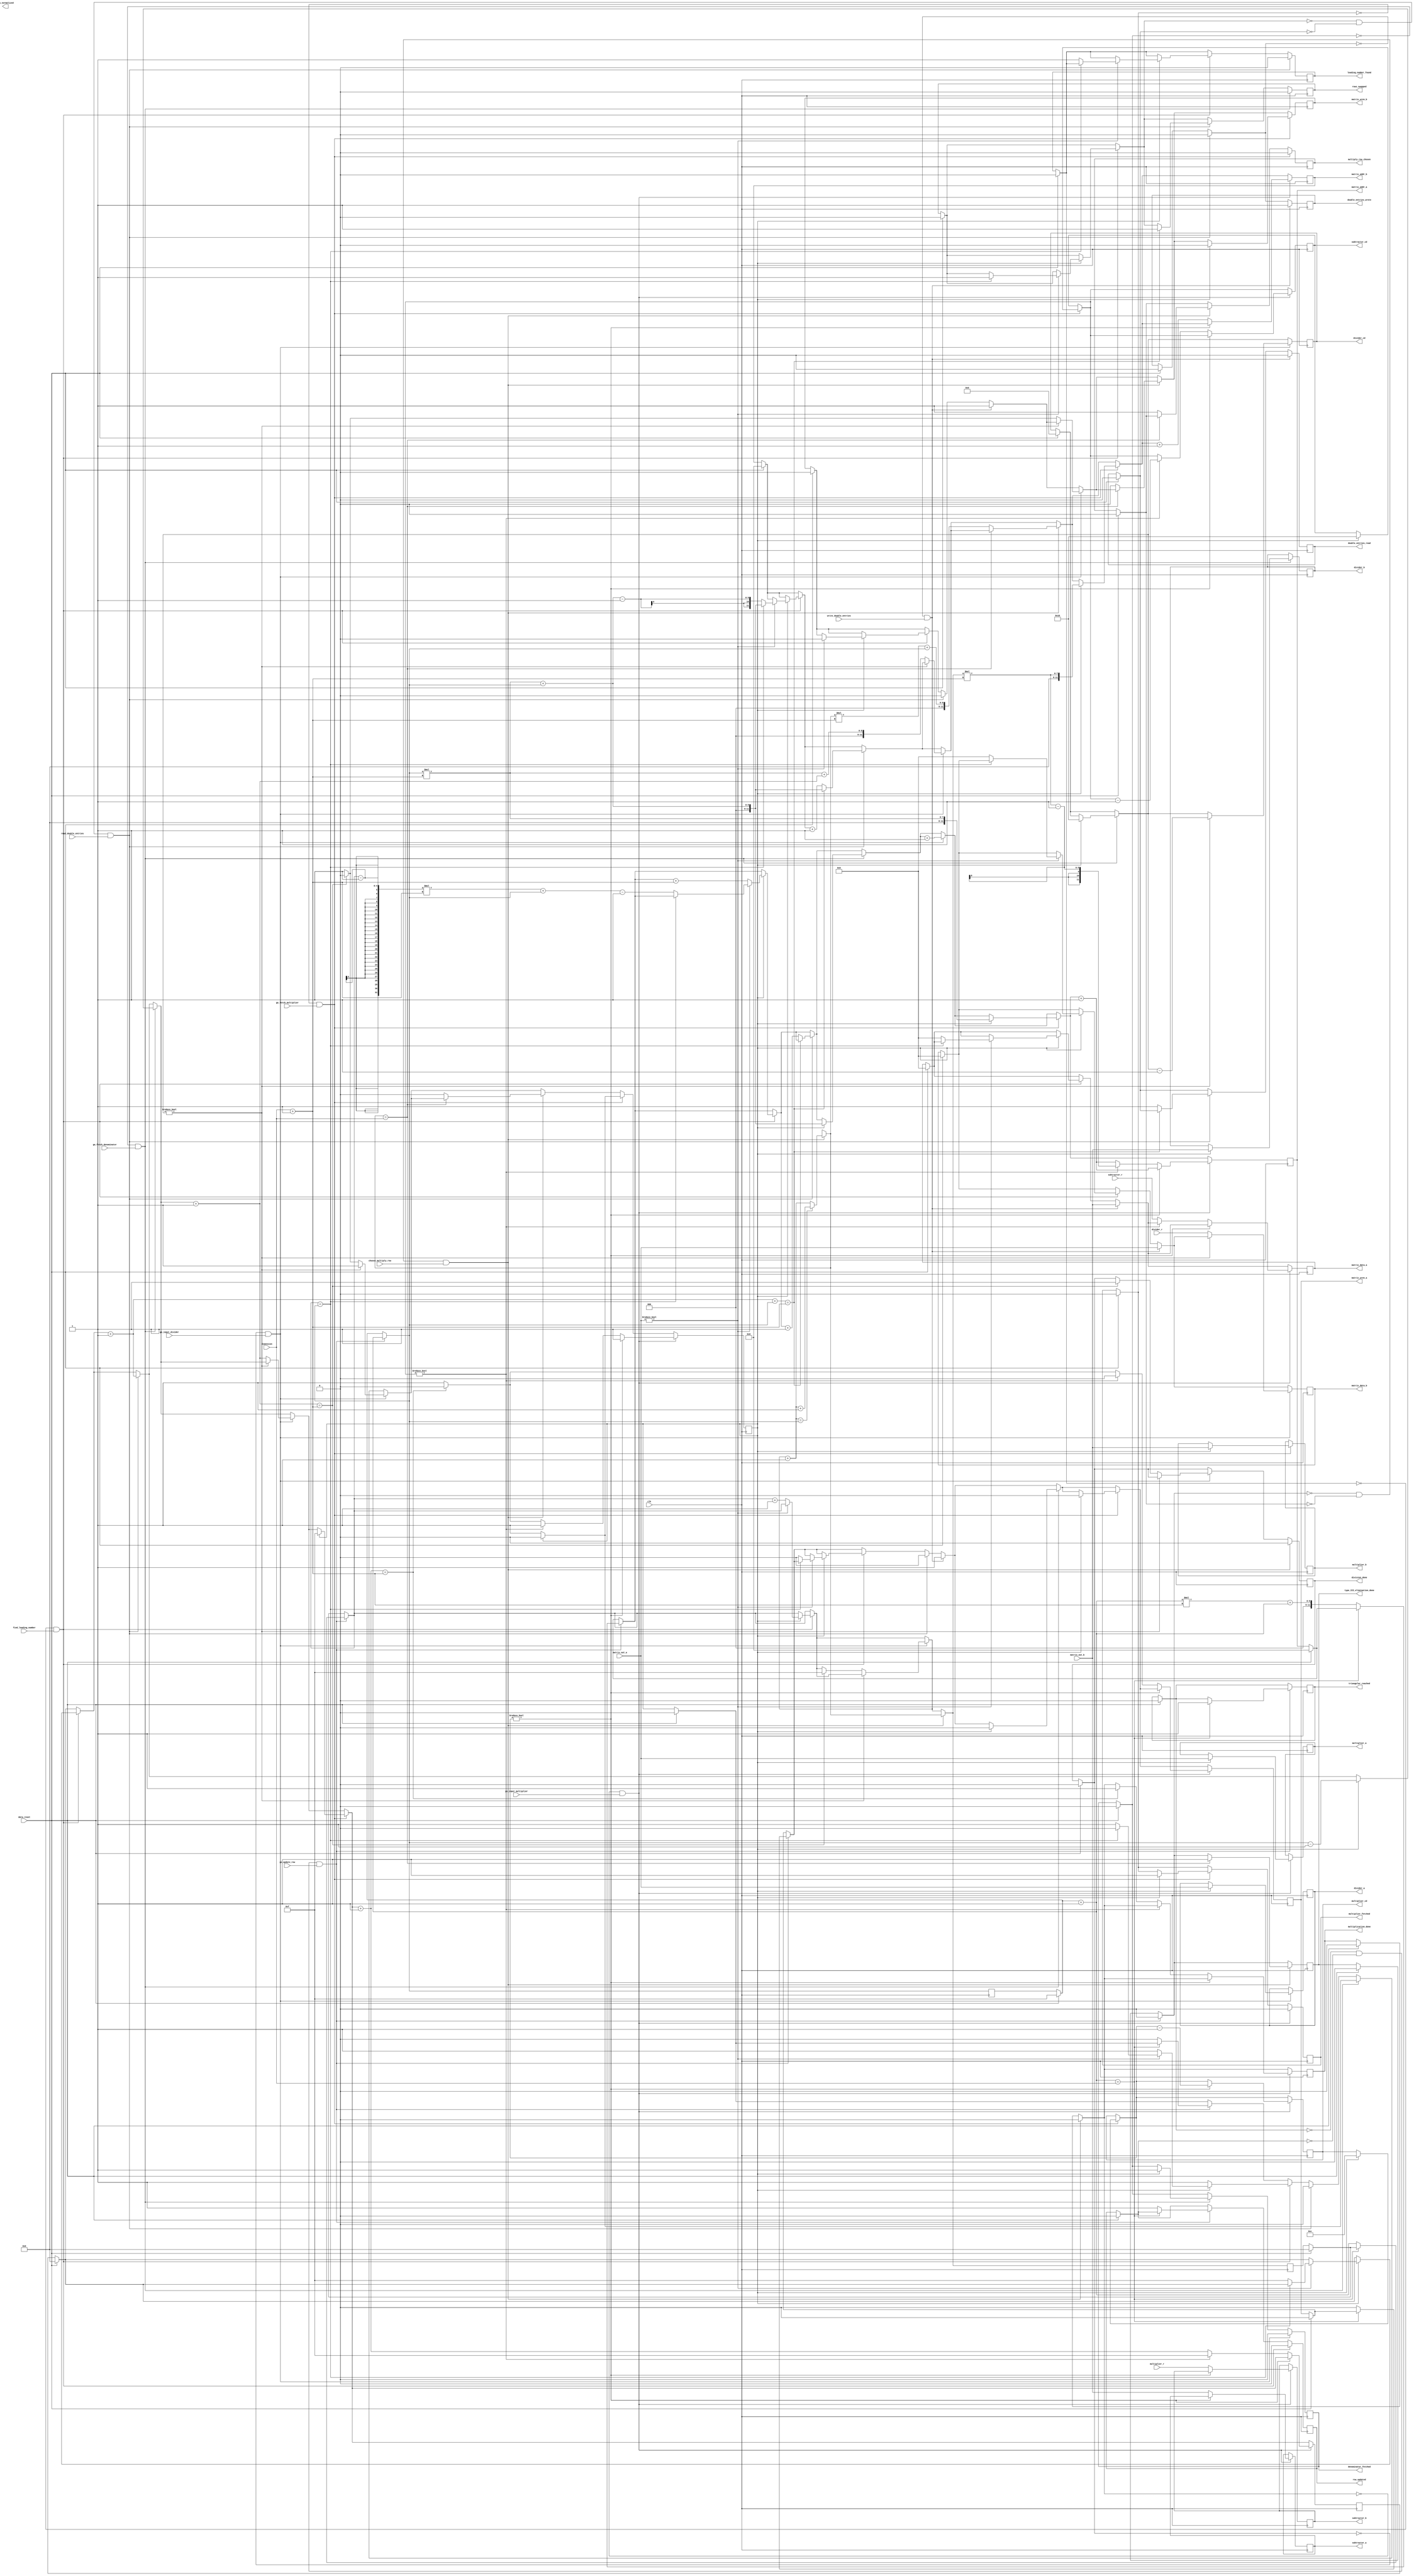
module solveMatrix_datapath(
		input [3:0] dimension,
		input clk,
		
		// Input handshakes
		input data_reset, go_update_row, find_leading_number, read_double_entries, write_double_entries,
		input go_fetch_denominator, go_input_divider, choose_multiply_row, go_fetch_multiplier, go_input_multiplier,
		
		// Output handshakes
		output reg triangular_reached, row_updated, leading_number_found, double_entries_read, double_entries_wrote, rows_swapped,
		output reg denominator_fetched, division_done, multiply_row_chosen, multiplier_fetched, multiplication_done, type_III_elimination_done, 
		output reg row_normalized,
		
		// RAM
		input [31:0] matrix_out_a, matrix_out_b,
		output reg [11:0] matrix_addr_a, matrix_addr_b,
		output reg [31:0] matrix_data_a, matrix_data_b,
		output reg matrix_wren_a, matrix_wren_b,
		
		
		// Float Divider/Multiplier/Adder Ram
		output reg [31:0] divider_a, divider_b, multiplier_a, multiplier_b, subtractor_a, subtractor_b,
		input [31:0] divider_r, multiplier_r, subtractor_r,
		
		output reg [4:0] divider_cd, multiplier_cd, subtractor_cd
	);
	
	
	reg ram_ready;
	reg [3:0] current_row;
	reg [3:0] row_counter, col_counter;
	
	
	wire [3:0] numColumns, numRows;
	assign numRows = dimension;
	assign numColumns = dimension + 1;
	
	always @(posedge clk) begin
		if (data_reset) begin
			matrix_addr_a = 0;
			matrix_addr_b = 0;
			matrix_data_a = 0;
			matrix_data_b = 0;
			matrix_wren_a = 0;
			matrix_wren_b = 0;
			
			current_row = 4'b1111;
			row_counter = 0;
			col_counter = 0;
			
			
			triangular_reached = 0;
			row_updated = 0;
			leading_number_found = 0;
			double_entries_read = 0;
			double_entries_wrote = 0;
			rows_swapped = 0;
			
			denominator_fetched = 0;
			division_done = 0;
			multiply_row_chosen = 0;
			multiplier_fetched = 0;
			multiplication_done = 0;
			type_III_elimination_done = 0;
			
			ram_ready <= 0;
			divider_cd = 0;
		end
		
		if (~triangular_reached & ~row_updated & go_update_row) begin
			type_III_elimination_done = 0;
			
			current_row = current_row + 1;
			if (current_row == dimension) begin
				triangular_reached = 1;
			end 
			
			else begin
				row_counter = current_row;
				// Read the leading number from port a
				matrix_wren_a = 0;
				matrix_addr_a = row_counter * numColumns + current_row; // Leading Number address
				ram_ready <= 0;
				row_updated = 1;
			end
		end
		
		
		if (~leading_number_found & find_leading_number) begin
			row_updated = 0;
			ram_ready <= 1;
			
			if (ram_ready) begin
				
				if (matrix_out_a) begin	
					if (row_counter == current_row) begin
						rows_swapped = 1;
						matrix_addr_b = current_row * numColumns + current_row; // Fetch the leading number
						matrix_wren_b = 0;
						ram_ready <= 0;
					end
					
					else begin
						col_counter = 4'b1111;
			
						matrix_addr_a = (row_counter - 1) * numColumns + current_row - 1;  // Leading Number address - 1
						matrix_addr_b = current_row * numColumns + current_row - 1;  // Original number address - 1
						matrix_wren_a = 0;
						matrix_wren_b = 0;
						matrix_data_a = 0;
						matrix_data_b = 0;
				
						leading_number_found = 1;
					end
				end 
				
				else begin
					row_counter = row_counter + 1;
					matrix_addr_a = matrix_addr_a + numColumns; // Leading number address
				end
		
			end
		end
		
		if (~rows_swapped & ~double_entries_read & read_double_entries) begin
			leading_number_found = 0;
			ram_ready <= 0;
			double_entries_wrote = 0;
			
			matrix_wren_a = 0;
			matrix_wren_b = 0;
			
			col_counter = col_counter + 1;
			if (col_counter + current_row == numColumns) begin
				rows_swapped = 1;
				matrix_addr_b = current_row * numColumns + current_row; // Fetch the leading number
				matrix_wren_b = 0;
				ram_ready <= 0;
			end
			
			else begin
				matrix_addr_a = matrix_addr_a + 1;
				matrix_addr_b = matrix_addr_b + 1;
				double_entries_read = 1;
			end
			
		end
		
		if (~double_entries_wrote & write_double_entries) begin
			double_entries_read = 0;
			
			matrix_data_b = matrix_out_a;
			matrix_data_a = matrix_out_b;
			matrix_wren_a = 1;
			matrix_wren_b = 1;
			
			double_entries_wrote = 1;
		end
		
		// Stage 2
		if (~denominator_fetched & go_fetch_denominator) begin
			rows_swapped = 0;
			
			ram_ready <= 1;

			if (ram_ready) begin
				denominator_fetched = 1;
				divider_b = matrix_out_b;
				
				matrix_addr_a = current_row * numColumns + current_row;
				matrix_wren_a = 0;
				col_counter = current_row - 1;
				ram_ready <= 0;
				divider_cd = 16;
			end
		end
		
		
		if (~division_done & go_input_divider) begin
			denominator_fetched = 0;
			ram_ready <= 1;
			matrix_addr_a = matrix_addr_a + 1;
			if (ram_ready) begin
				divider_a = matrix_out_a;
			end
			
			
			if (divider_cd) begin
				divider_cd = divider_cd - 1;
			end
			else begin
				col_counter = col_counter + 1;
				matrix_addr_b = current_row * numColumns + col_counter;
				matrix_data_b = divider_r;
				matrix_wren_b	= 1;
				
				if (col_counter == numColumns) begin
					division_done = 1;
					matrix_wren_b = 0;
					
					ram_ready <= 0;
					row_counter = 4'b1111;
					
				end
			end
			
		end
		
		
		// Stage 3
		if (~type_III_elimination_done & ~multiply_row_chosen & choose_multiply_row) begin
			division_done = 0;
			multiplication_done = 0;
			
			row_counter = row_counter + 1;
			if (row_counter == current_row)
				row_counter = row_counter + 1;
			
			if (row_counter == dimension) begin
				type_III_elimination_done = 1;
			end
			
			else begin
				multiply_row_chosen = 1;
				matrix_addr_b = row_counter * numColumns + current_row; 
				matrix_wren_b = 0;
				ram_ready <= 0;
			end
		end
		
		
		if (~multiplier_fetched & go_fetch_multiplier) begin
			multiply_row_chosen = 0;
			
			ram_ready <= 1;
			if (ram_ready) begin
				multiplier_fetched = 1;
				multiplier_b = matrix_out_b; // Store the column number into the second multiplying operand
				
				matrix_addr_a = current_row * numColumns;
				matrix_wren_a = 0;
				col_counter = 4'b1111;
				
				matrix_addr_b = row_counter * numColumns;
				matrix_wren_b = 0;
				
				ram_ready <= 0;
				multiplier_cd = 12;
				subtractor_cd = 16;
			end
		end
		
		
		if (~multiplication_done & go_input_multiplier) begin
			multiplier_fetched = 0;
			ram_ready <= 1;
			
			if (ram_ready) begin
				multiplier_a = matrix_out_a;
			end
			
			if (multiplier_cd) begin
				multiplier_cd = multiplier_cd - 1;
				matrix_addr_a = matrix_addr_a + 1;
			end
			
			else begin
				// Load the multiplication result directly into the subtractor
				
				matrix_addr_b = matrix_addr_b + 1;
				subtractor_a = matrix_out_b;
				subtractor_b = multiplier_r;
				
				if (subtractor_cd) begin
					subtractor_cd = subtractor_cd - 1;
					matrix_addr_a = row_counter * numColumns - 1;
					matrix_wren_a = 0;
					col_counter = 4'b1111;
				end
				
				else begin
					matrix_addr_a = matrix_addr_a + 1;
					matrix_data_a = subtractor_r;
					matrix_wren_a = 1;
					
					col_counter = col_counter + 1;
					if (col_counter == numColumns) begin
						multiplication_done = 1;
						matrix_wren_a = 0;
					
						ram_ready <= 0;
					end
				
				end
			end
		end
	end
	
endmodule